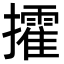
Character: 攉